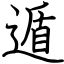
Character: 遁